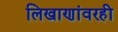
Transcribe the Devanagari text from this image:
लिखाणांवरही